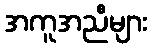
အကူအညီများ